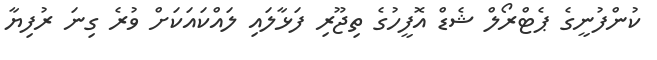
ކުންފުނީގެ ޕެޓްރޯލް ޝެޑް އޮފީހުގެ ތިޖޫރި ފަޅާލައި ލައްކައަކަށް ވުރެ ގިނަ ރުފިޔާ